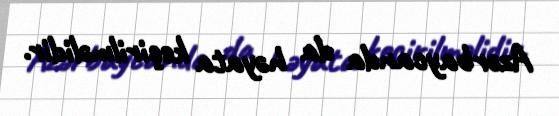
Azərbaycanda da həyata keçirilməlidir.